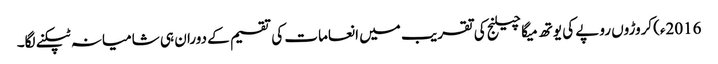
2016ء)کروڑوں روپے کی یوتھ میگا چیلنج کی تقریب میں انعامات کی تقسیم کے دوران ہی شامیانہ ٹپکنے لگا۔